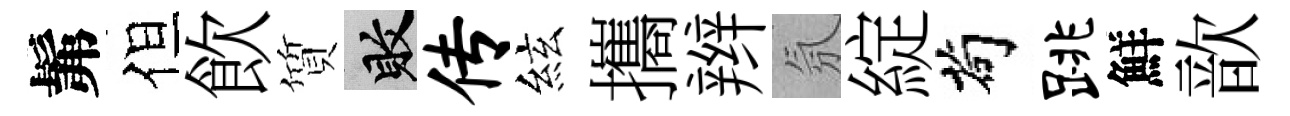
髴但飲質敗传絃攜辫氛綻茍跳鮮歆